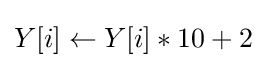
Y[i]\gets Y[i]*10+2